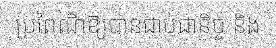
ប្រពៃណីឱ្យបានជាប់ជានិច្ច និង